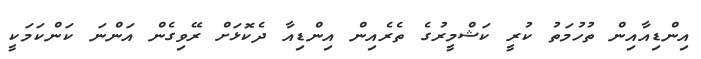
އިންޑިއާއިން ތުހުމަތު ކުރީ ކަޝްމީރުގެ ތެރެއިން އިންޑިއާ ދެކޮޅަށް ރޭވިގެން އަންނަ ކަންކަމަކީ